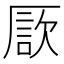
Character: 𠪗